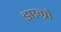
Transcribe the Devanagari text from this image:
डएग्रो